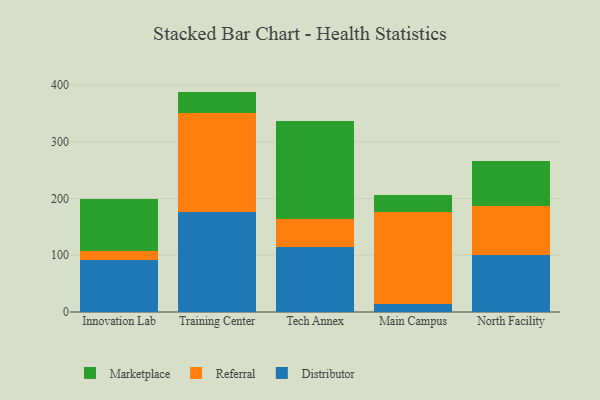
{"axis": {"x": "Campus", "y": "Demand Index"}, "legend": ["Distributor", "Marketplace", "Referral"], "data": [{"x": "Innovation Lab", "y": 91.4, "type": "Distributor"}, {"x": "Innovation Lab", "y": 15.5, "type": "Referral"}, {"x": "Innovation Lab", "y": 92.4, "type": "Marketplace"}, {"x": "Training Center", "y": 177.0, "type": "Distributor"}, {"x": "Training Center", "y": 172.9, "type": "Referral"}, {"x": "Training Center", "y": 38.4, "type": "Marketplace"}, {"x": "Tech Annex", "y": 114.5, "type": "Distributor"}, {"x": "Tech Annex", "y": 50.1, "type": "Referral"}, {"x": "Tech Annex", "y": 171.1, "type": "Marketplace"}, {"x": "Main Campus", "y": 14.0, "type": "Distributor"}, {"x": "Main Campus", "y": 161.9, "type": "Referral"}, {"x": "Main Campus", "y": 30.2, "type": "Marketplace"}, {"x": "North Facility", "y": 100.4, "type": "Distributor"}, {"x": "North Facility", "y": 87.1, "type": "Referral"}, {"x": "North Facility", "y": 78.5, "type": "Marketplace"}]}